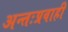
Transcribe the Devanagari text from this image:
अन्तःप्रवाही